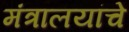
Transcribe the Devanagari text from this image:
मंत्रालयांचे